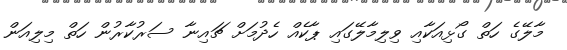
މާލޭގެ ހަތް ގޯޅިއަކާއި ވިލިމާލޭގައި ޕާކެއް ހެދުމަށް ޗައިނާ ސަރުކާރުން ހަތް މިލިއަން